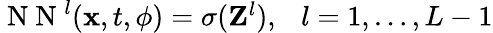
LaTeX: \begin{array}{r}{\mathrm{~N~N~}^{l}({\mathbf x},t,{\mathbf\phi})=\sigma({\mathbf Z}^{l}),~~~l=1,\ldots,L-1}\end{array}